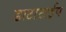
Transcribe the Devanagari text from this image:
डाटाटाईप